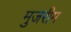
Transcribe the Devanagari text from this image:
मुजरीम